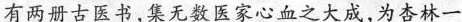
有两册古医书，集无数医家心血之大成，为杏林一